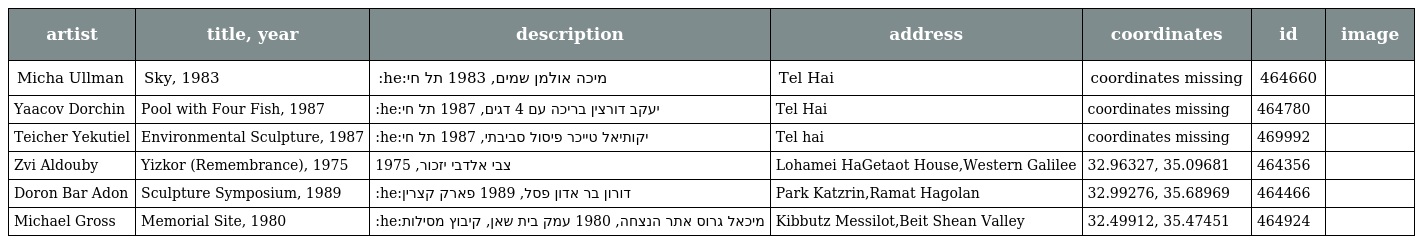
| artist | title, year | description | address | coordinates | id | image |
 | --- | --- | --- | --- | --- | --- | --- |
 | Micha Ullman | Sky, 1983 | :he:מיכה אולמן שמים, 1983 תל חי | Tel Hai | coordinates missing | 464660 |  |
 | Yaacov Dorchin | Pool with Four Fish, 1987 | :he:יעקב דורצין בריכה עם 4 דגים, 1987 תל חי | Tel Hai | coordinates missing | 464780 |  |
 | Teicher Yekutiel | Environmental Sculpture, 1987 | :he:יקותיאל טייכר פיסול סביבתי, 1987 תל חי | Tel hai | coordinates missing | 469992 |  |
 | Zvi Aldouby | Yizkor (Remembrance), 1975 | צבי אלדבי יזכור, 1975 | Lohamei HaGetaot House,Western Galilee | 32.96327, 35.09681 | 464356 |  |
 | Doron Bar Adon | Sculpture Symposium, 1989 | :he:דורון בר אדון פסל, 1989 פארק קצרין | Park Katzrin,Ramat Hagolan | 32.99276, 35.68969 | 464466 |  |
 | Michael Gross | Memorial Site, 1980 | :he:מיכאל גרוס אתר הנצחה, 1980 עמק בית שאן, קיבוץ מסילות | Kibbutz Messilot,Beit Shean Valley | 32.49912, 35.47451 | 464924 |  |